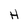
Character: H